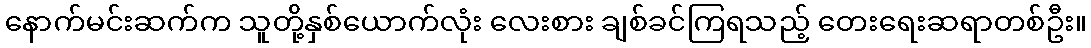
နောက်မင်းဆက်က သူတို့နှစ်ယောက်လုံး လေးစား ချစ်ခင်ကြရသည့် တေးရေးဆရာတစ်ဦး။